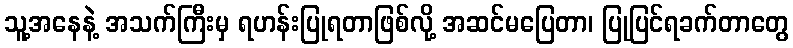
သူ့အနေနဲ့ အသက်ကြီးမှ ရဟန်းပြုရတာဖြစ်လို့ အဆင်မပြေတာ၊ ပြုပြင်ရခက်တာတွေ